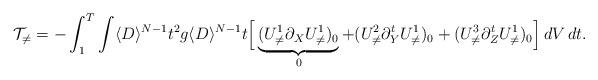
LaTeX: \begin{align*}\mathcal{T}_{\neq} & =- \int_1^T \int \langle D \rangle^{N-1} t^2 g \langle D \rangle^{N-1} t \Big[ \underbrace{(U^1_{\neq} \partial_X U^1_{\neq})_0}_0 + (U^2_{\neq} \partial_Y^t U_{\neq}^1)_0 + (U^3_{\neq} \partial_Z^t U_{\neq}^1)_0 \Big]\,dV\,dt. \end{align*}